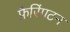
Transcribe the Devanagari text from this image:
फ़ैरिंगटन